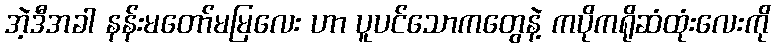
အဲ့ဒီအခါ နန်းမတော်မမြလေး ဟာ ပူပင်သောကတွေနဲ့ ကပိုကရိုဆံထုံးလေးကို